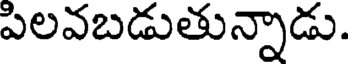
పిలవబడుతున్నాడు.